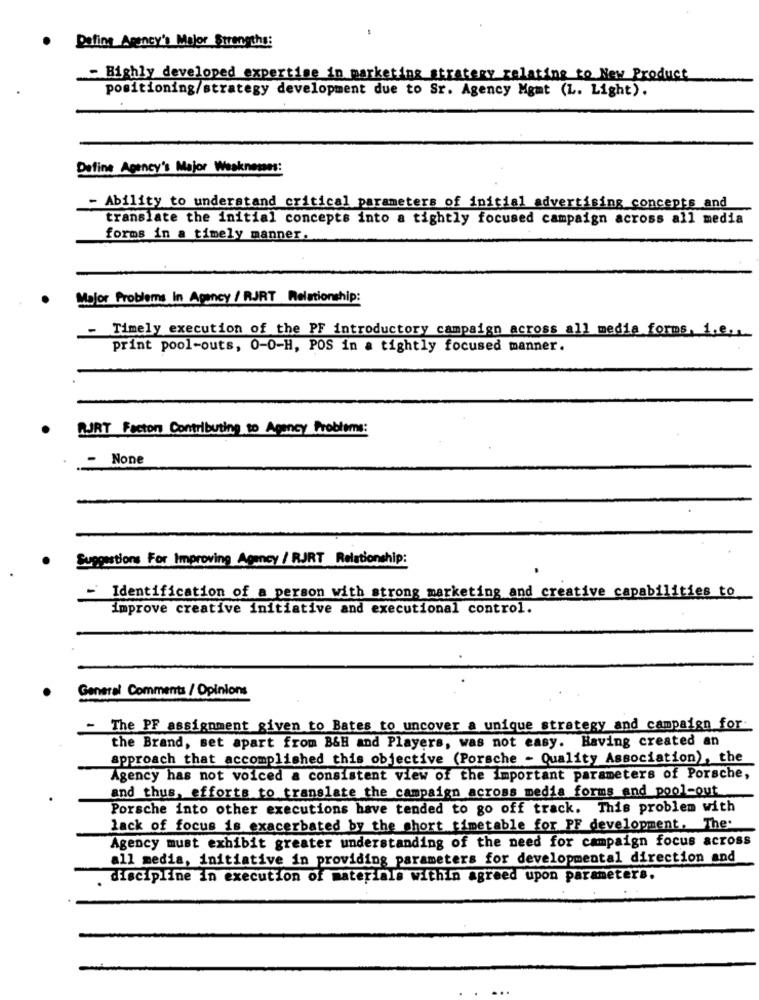
Define Agency's Major Strengths:
-Highly developed expertise in marketing stratery relating to New Product
positioning/strategy development due to Sr. Agency Mgmt (L. Light).
Define Agency's Major Weaknesses:
- Ability to understand critical parameters of initial advertising concepts and
translate the initial concepts into a tightly focused campaign across all media
forms in a timely manner.
Major Problems In Agency / RJRT Relationship:
-
Timely execution of the PF introductory campaign across all media forms, i.e ...
print pool-outs, 0-0-H, POS in a tightly focused manner.
BURT Faction Contributing to Agency Problems:
-
Suggestions For Improving Agency / RJRT Relationship:
-
Identification of a person with strong marketing and creative capabilities to
improve creative initiative and executional control.
General Comments / Opinions
- The PF assignment given to Bates to uncover a unique strategy and campaign for-
the Brand, set apart from B&H and Players, was not easy. Having created an
approach that accomplished this objective (Porsche - Quality Association), the
Agency has not voiced a consistent view of the important parameters of Porsche,
and thus, efforts to translate the campaign across media forms_and_pool-out
Porsche into other executions have tended to go off track. This problem with
lack of focus is exacerbated by the short timetable for PF development. The.
Agency must exhibit greater understanding of the need for campaign focus across
all media, initiative in providing parameters for developmental direction and
discipline in execution of materials within agreed upon parameters.